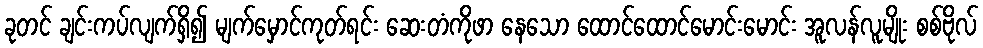
ခုတင် ချင်းကပ်လျက်ရှိ၍ မျက်မှောင်ကုတ်ရင်း ဆေးတံကိုဖာ နေသော ထောင်ထောင်မောင်းမောင်း အူလန်လူမျိုး စစ်ဗိုလ်